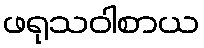
ဖရုသဝါစာယ